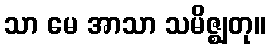
သာ မေ အာသာ သမိဇ္ဈတု။